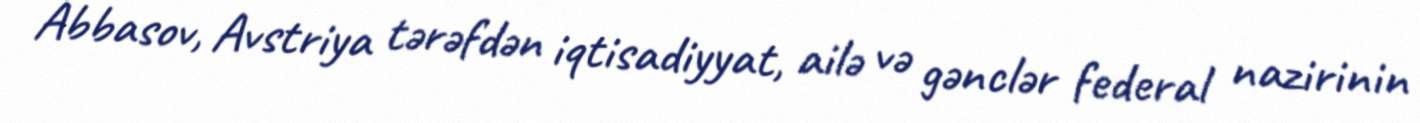
Abbasov, Avstriya tərəfdən iqtisadiyyat, ailə və gənclər federal nazirinin